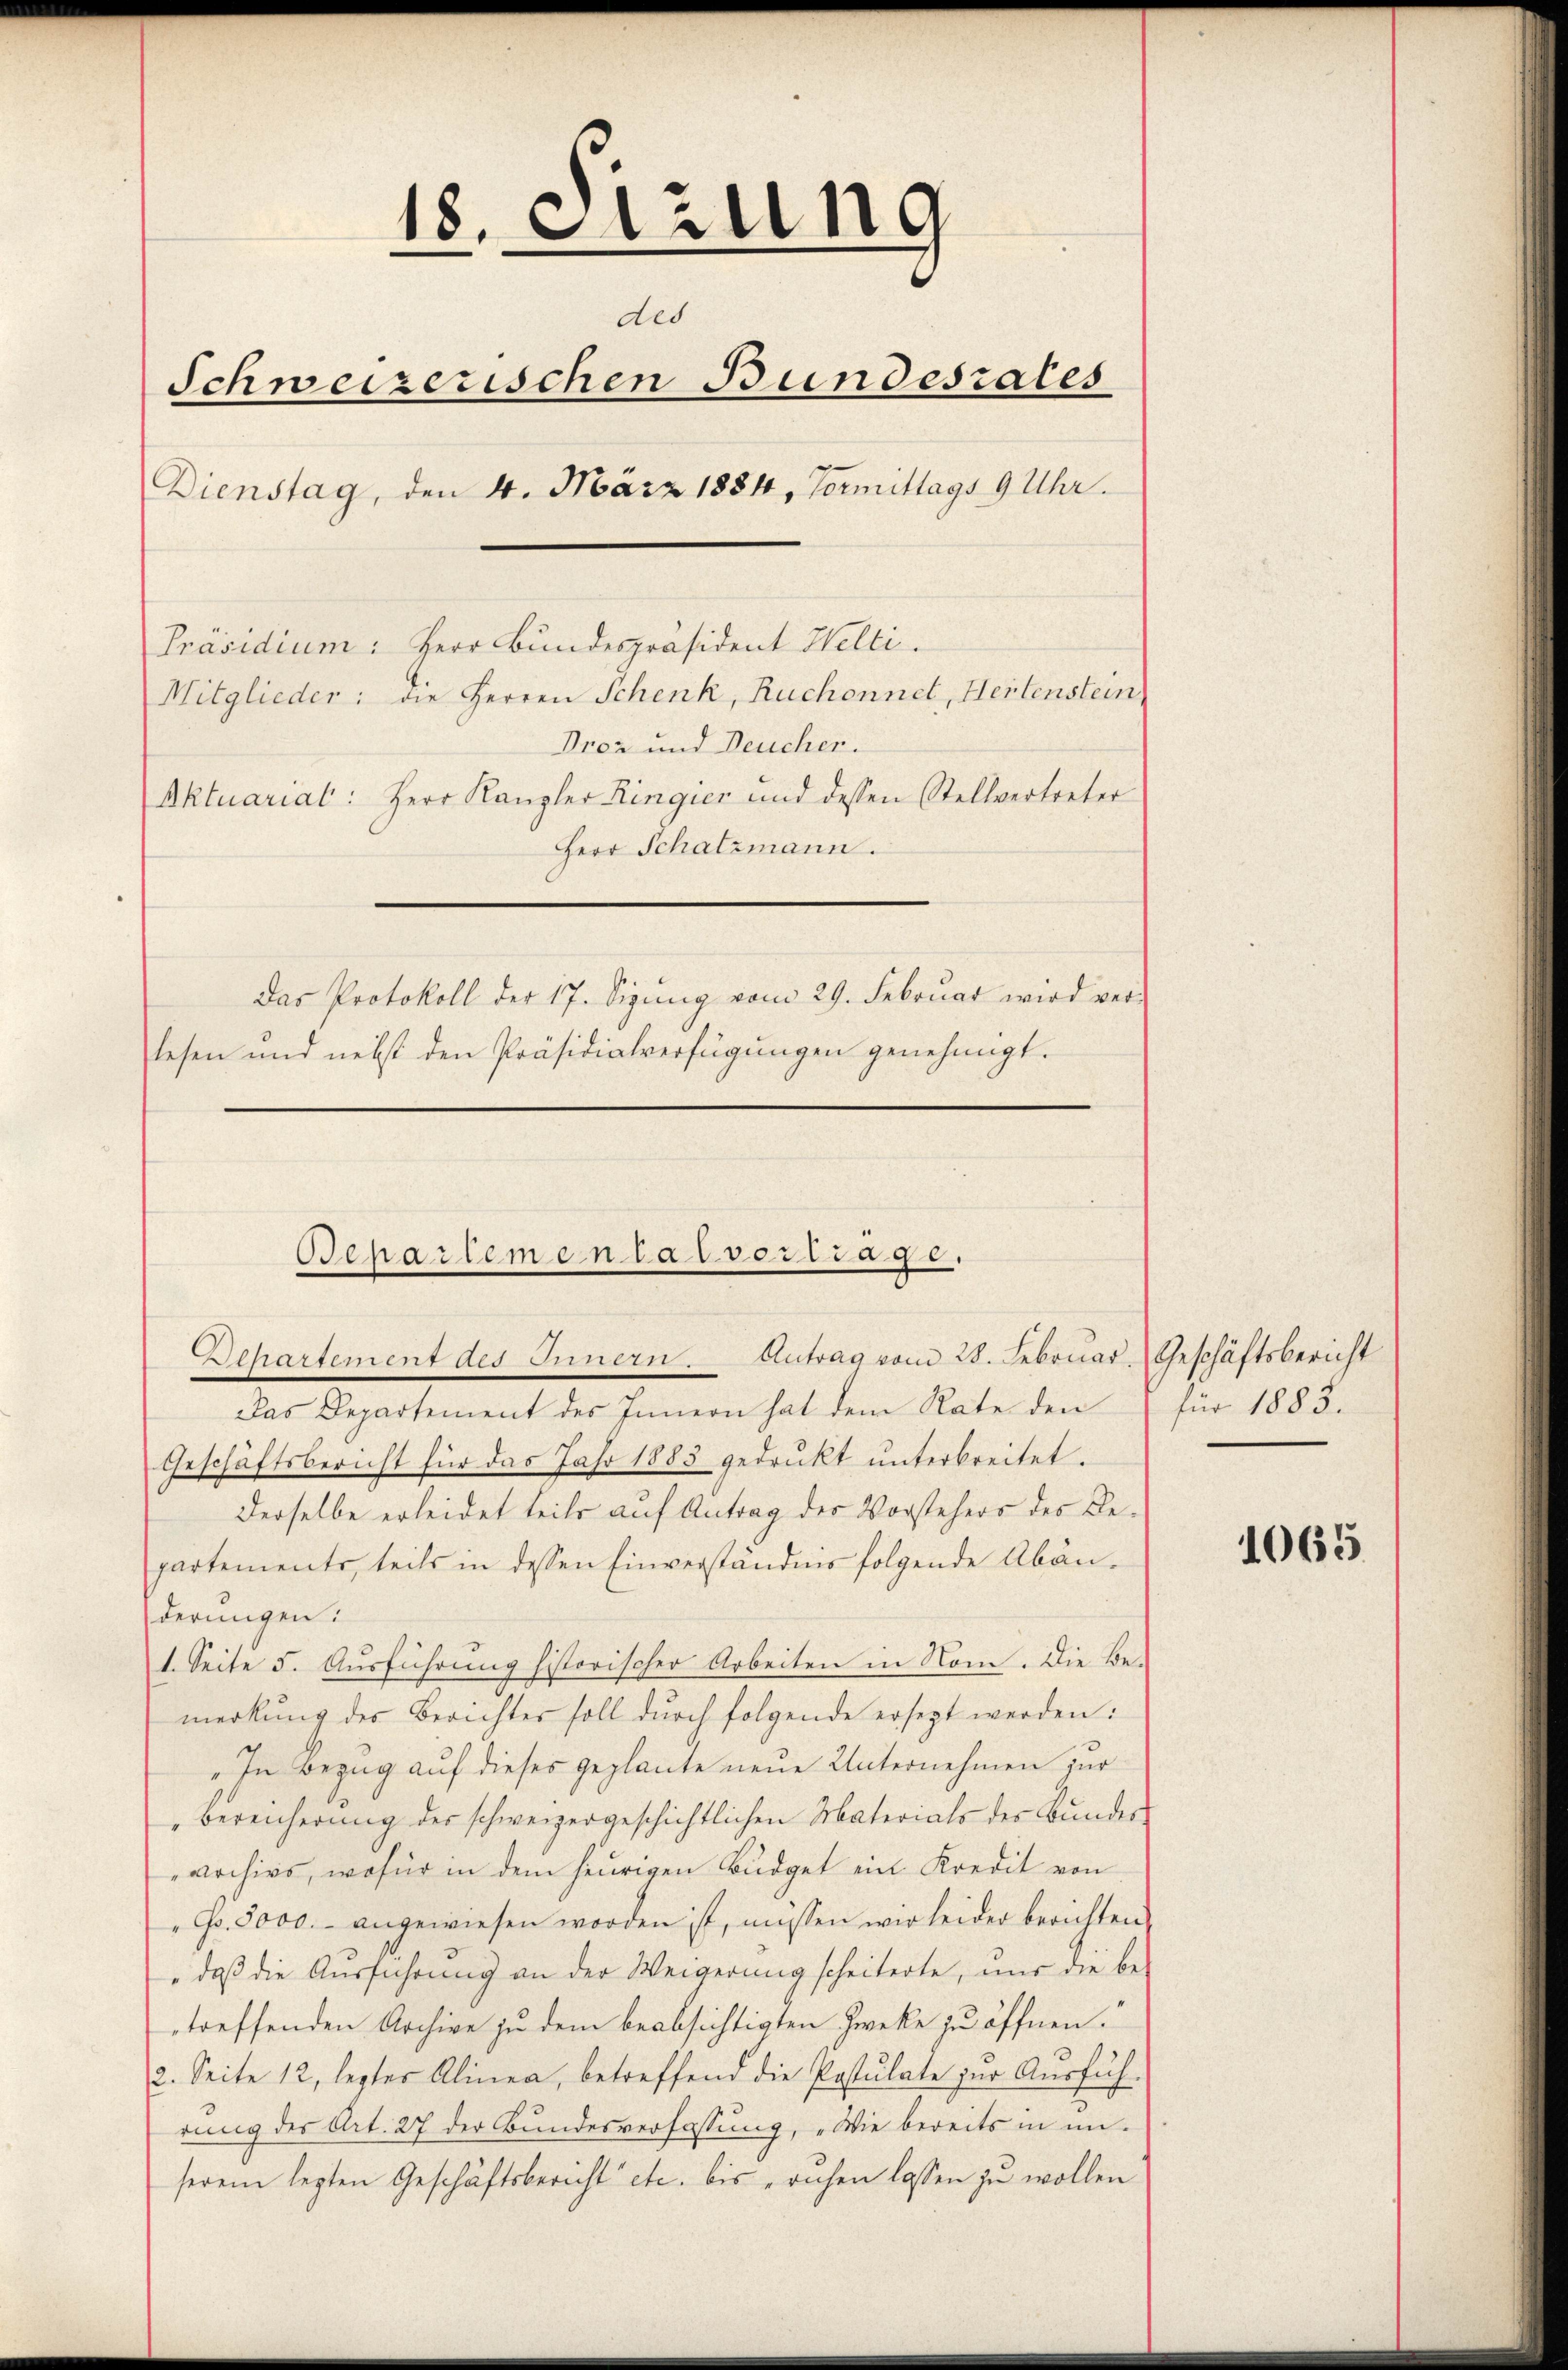
18. Sitzung
des
Schweizerischen Bundesrates
Dienstag, den 4. März 1884, Vormittags 9 Uhr.
Präsidium: Herr Bundespräsident Helti.
Mitglieder: die Herren Schenk, Ruchonnet, Heitenstein
Prez und Deucher.
Aktuariat: Herr Kanzler Ringier und dessen Stellvertreter
Herr Schatzmann.
Das Protokoll der 17. Sigŭng vom 29. Februar wird ver-
lesen und nebst den Präsidialverfügungen genehmigt.

Separtementalvertrage.
Departement des Innern. Antrag vom 28. Februar. Geschäftsbericht

Das Departement des Innern hat dem Rate den
Geschäftsbericht für das Jahr 1883 gedrukt unterbreitet.
derselbe erleidet teils auf Antrag des Vorstehers des Repartements, teils in dessen Einverständnis folgende Abänderungen:
1. Seite 5. Ausführung historischer Arbeiten in Nom. Die Bemerkung des Berichter soll durch folgende ersetzt werden:
„In Bezug auf dieses geplante neue Unternehmen zur
bereicherung der schweizergeschichtlichen Materials der Bundesarchivs, wofür in dem heurigen Budget ein Kredit von
Fr. 5000.- angewiesen worden ist, müssen wir leider berichten,
" daβ die Aŭsführung an der Weigerung scheiterte, nur die be-
treffenden Archive zu dem beabsichtigten Zwecke zu öffnen.“
2. Seite 12, lezter Alinea, betreffend die Postulate zŭr Aŭsfüh-
rung des Art. 27 der Bundesverfassung, „Wie bereits in unserem lezten Geschäftsbericht etc. bis "ruhen lassen zu wollen

für 1885.

1065